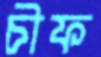
চীফ